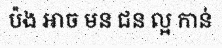
ប៉ង អាច មន ជន ល្អ កាន់